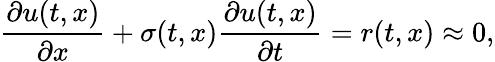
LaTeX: \frac{\partial u(t,x)}{\partial x}+\sigma(t,x)\frac{\partial u(t,x)}{\partial t}=r(t,x)\approx 0,